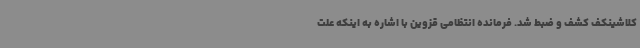
کلاشینکف کشف و ضبط شد. فرمانده انتظامی قزوین با اشاره به اینکه علت